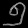
Digit: ၅